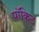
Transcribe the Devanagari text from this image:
पॉकिट